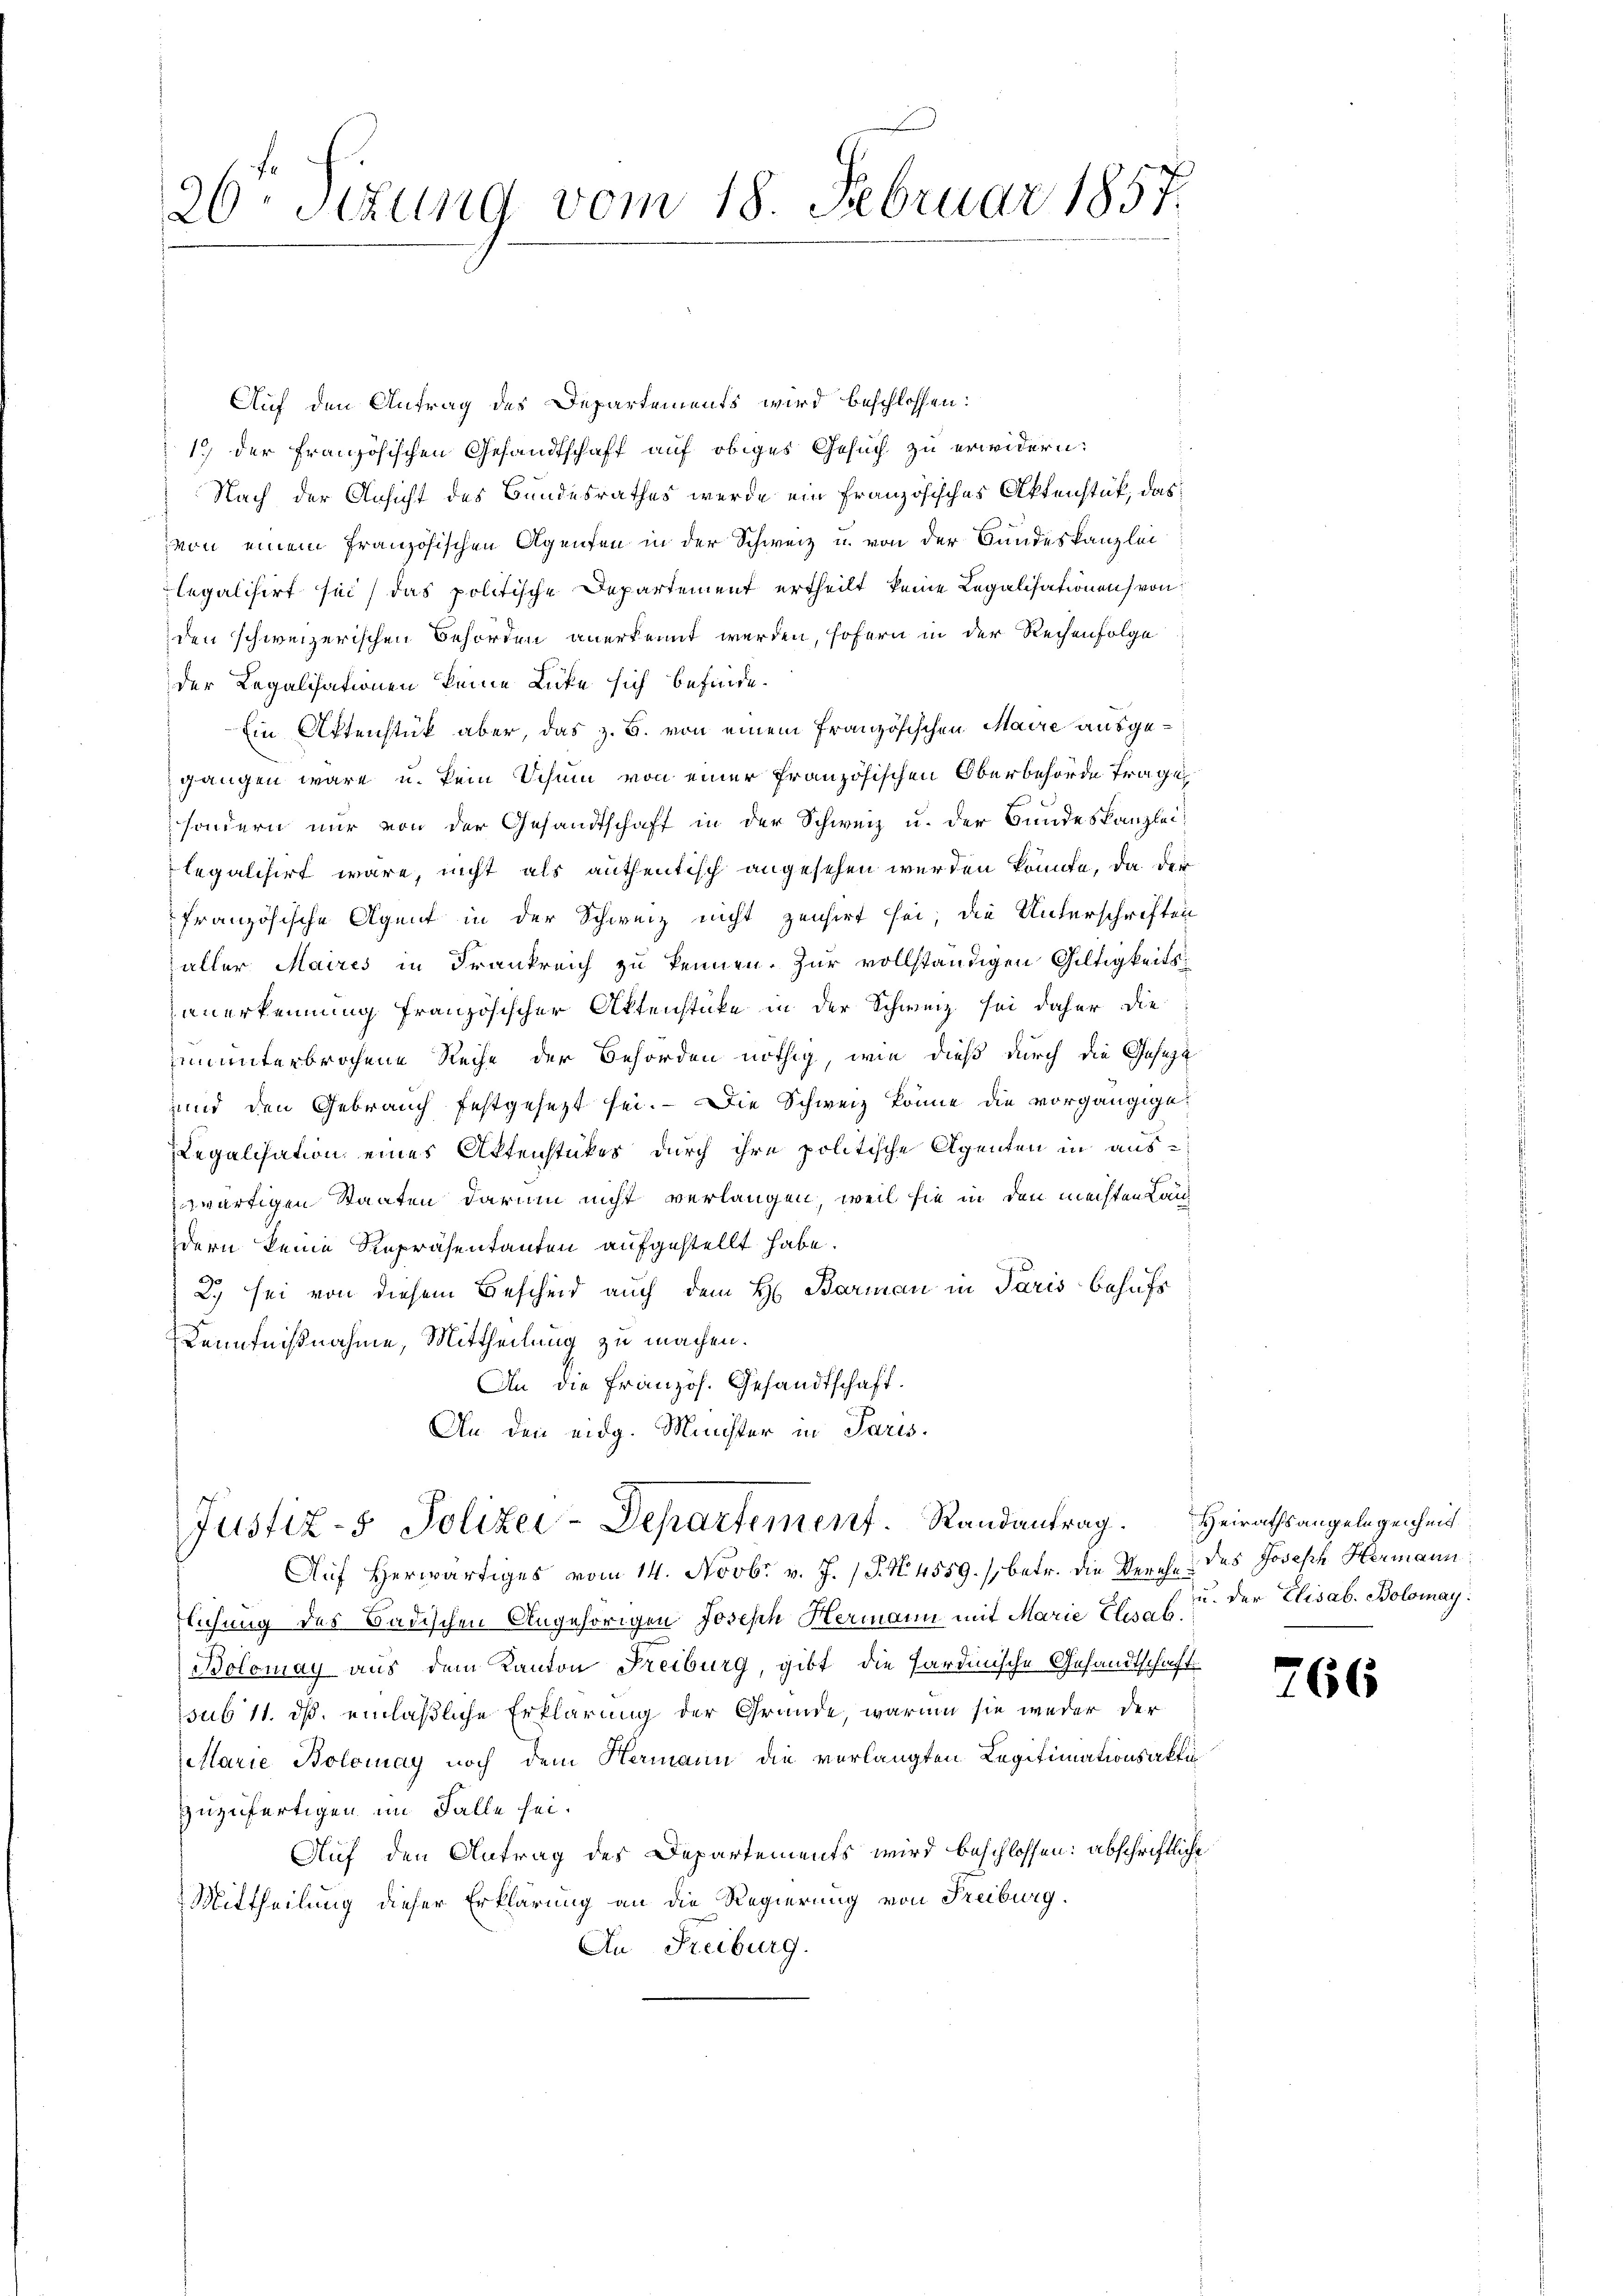
26. Sitzung vom 18. Februar 1857.

Auf den Antrag des Departements wird beschlossen:
1.) Der französischen Gesandtschaft auf obiges Gesuch zu erwidern:
Nach der Ansicht des Bundesrathes werde ein französisches Aktenstück, das
von einem französischen Agenten in der Schweiz u. von der Bandeskanzlei
legalisirt sei, das politische Departement ertheilt keine Legalisationen von
den schweizerischen Behörden anerkennt werden, sofern in der Rechenfolge
der Legalisationen keine Lücke sich befinde.
Ein Aktenstück aber, das z. B. von einem französischen Maire ausgegangen wäre u. kein Schnen von einer französischen Oberbehörde trage
sondern nur von der Gesandtschaft in der Schweiz u. der Bundeskanzlei
legalisirt wäre, nicht als authentisch angesehen werden könnte, da der
französische Agent in der Schweiz nicht zensirt sei; die Unterschriften
aller Maires in Frankreich zu kennen. Zur vollständigen Gültigkeitsanerkennung französischer Aktenstücke in der Schweiz sei daher die
iununterbrochene Reihe der Behörden nöthig, wie dieß durch die Gesezt
und den Gebrauch festgesezt sei. Die Schweiz könne die vorgängige
Regalisation eines Aktenstükes, durch ihre politische Agenten in auszwärtigen Staaten darum nicht verlangen, weil sie in den machten Laudern keine Repräsentanten aufgestellt habe.
2) sei von diesem Bescheid auch dem H. Barman in Paris behufs
Kenntnißnahme, Mittheilung zu machen.
An die Französ. Gesandtschaft.
An den eidg. Minister in Paris.

Justiz-5. Polizei-Departement. Randantrag. Heirathsangelegenheit

Auf Herwärtiges vom 14. Novbr. v. J. P. N. 4559. (betr. die Verehe des Joseph Hermann
flichung des Badischen Angehörigen Joseph Hermann mit Marie Elisab. in der Elisab. Bolomay:
Bolomay aus dem Kanton Freiburg, gibt die Sardinische Gesandtschaft
sub 11. ds. einläßliche Erklärung der Grunde, warum sie weder der
Marie Bolomay noch dem Hermann die verlangten Legitimationsakti
zuzufertigen im Falle sei.
Auf den Antrag des Departements wird beschlossen: abschriftliche
Mittheilung dieser Erklärung an die Regierung von Freiburg.
An Freiburg.

766